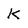
Character: k